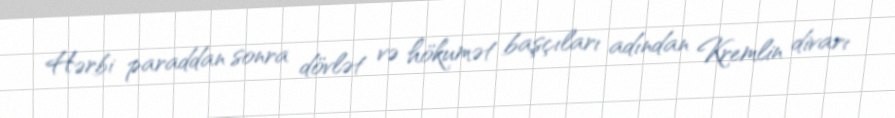
Hərbi paraddan sonra dövlət və hökumət başçıları adından Kremlin divarı